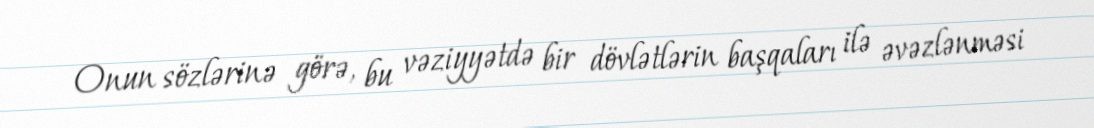
Onun sözlərinə görə, bu vəziyyətdə bir dövlətlərin başqaları ilə əvəzlənməsi